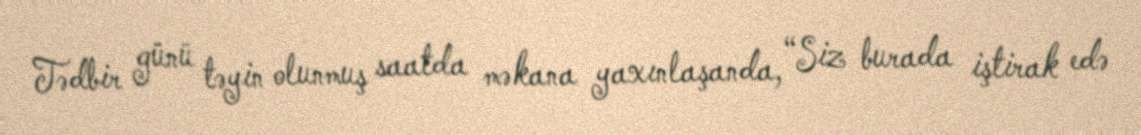
Tədbir günü təyin olunmuş saatda məkana yaxınlaşanda, “Siz burada iştirak edə